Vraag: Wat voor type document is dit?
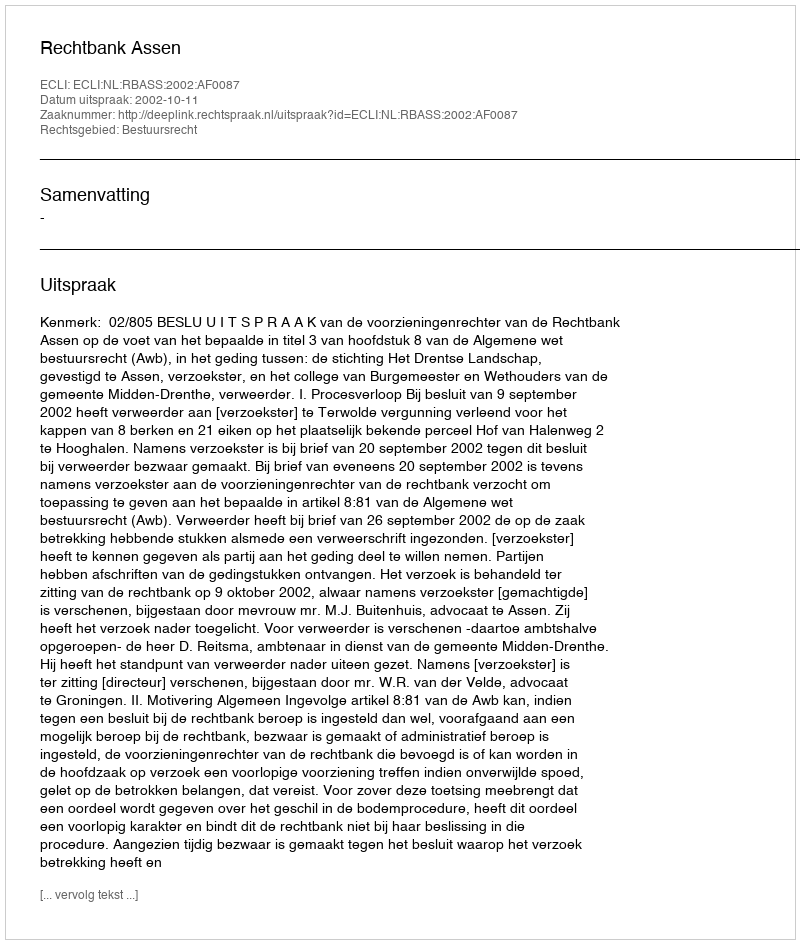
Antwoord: Uitspraak